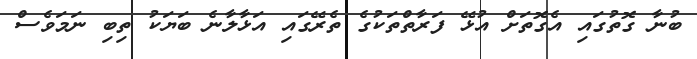
ބުނާ ގޮތުގައި އެގޮތަށް އުޅޭ ފަރާތްތަކުގެ ތެރޭގައި އަޅާލާނެ ބަޔަކު ތިބި ނަމަވެސް